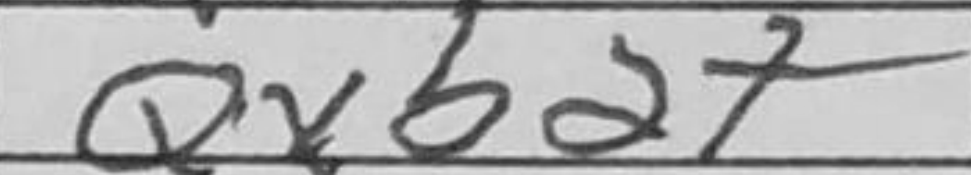
Transcription: Qxb2+